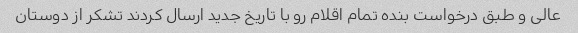
عالی و طبق درخواست بنده تمام اقلام رو با تاریخ جدید ارسال کردند تشکر از دوستان